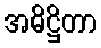
အဓိဋ္ဌိတာ